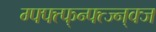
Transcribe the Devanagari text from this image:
ग्फ्फ्त्फ्न्फ्त्ज्न्क्ज